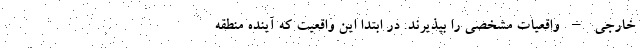
خارجی – واقعیات مشخصی را بپذیرند. در ابتدا این واقعیت که آینده منطقه